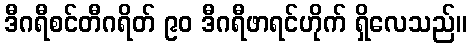
ဒီဂရီစင်တီဂရိတ် ၉၀ ဒီဂရီဖာရင်ဟိုက် ရှိလေသည်။